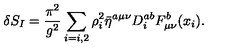
\delta S _ { I } = \frac { \pi ^ { 2 } } { g ^ { 2 } } \sum _ { i = i , 2 } \rho _ { i } ^ { 2 } \bar { \eta } ^ { a \mu \nu } D _ { i } ^ { a b } F _ { \mu \nu } ^ { b } ( x _ { i } ) .